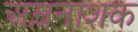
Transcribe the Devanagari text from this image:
अम्लनाशक